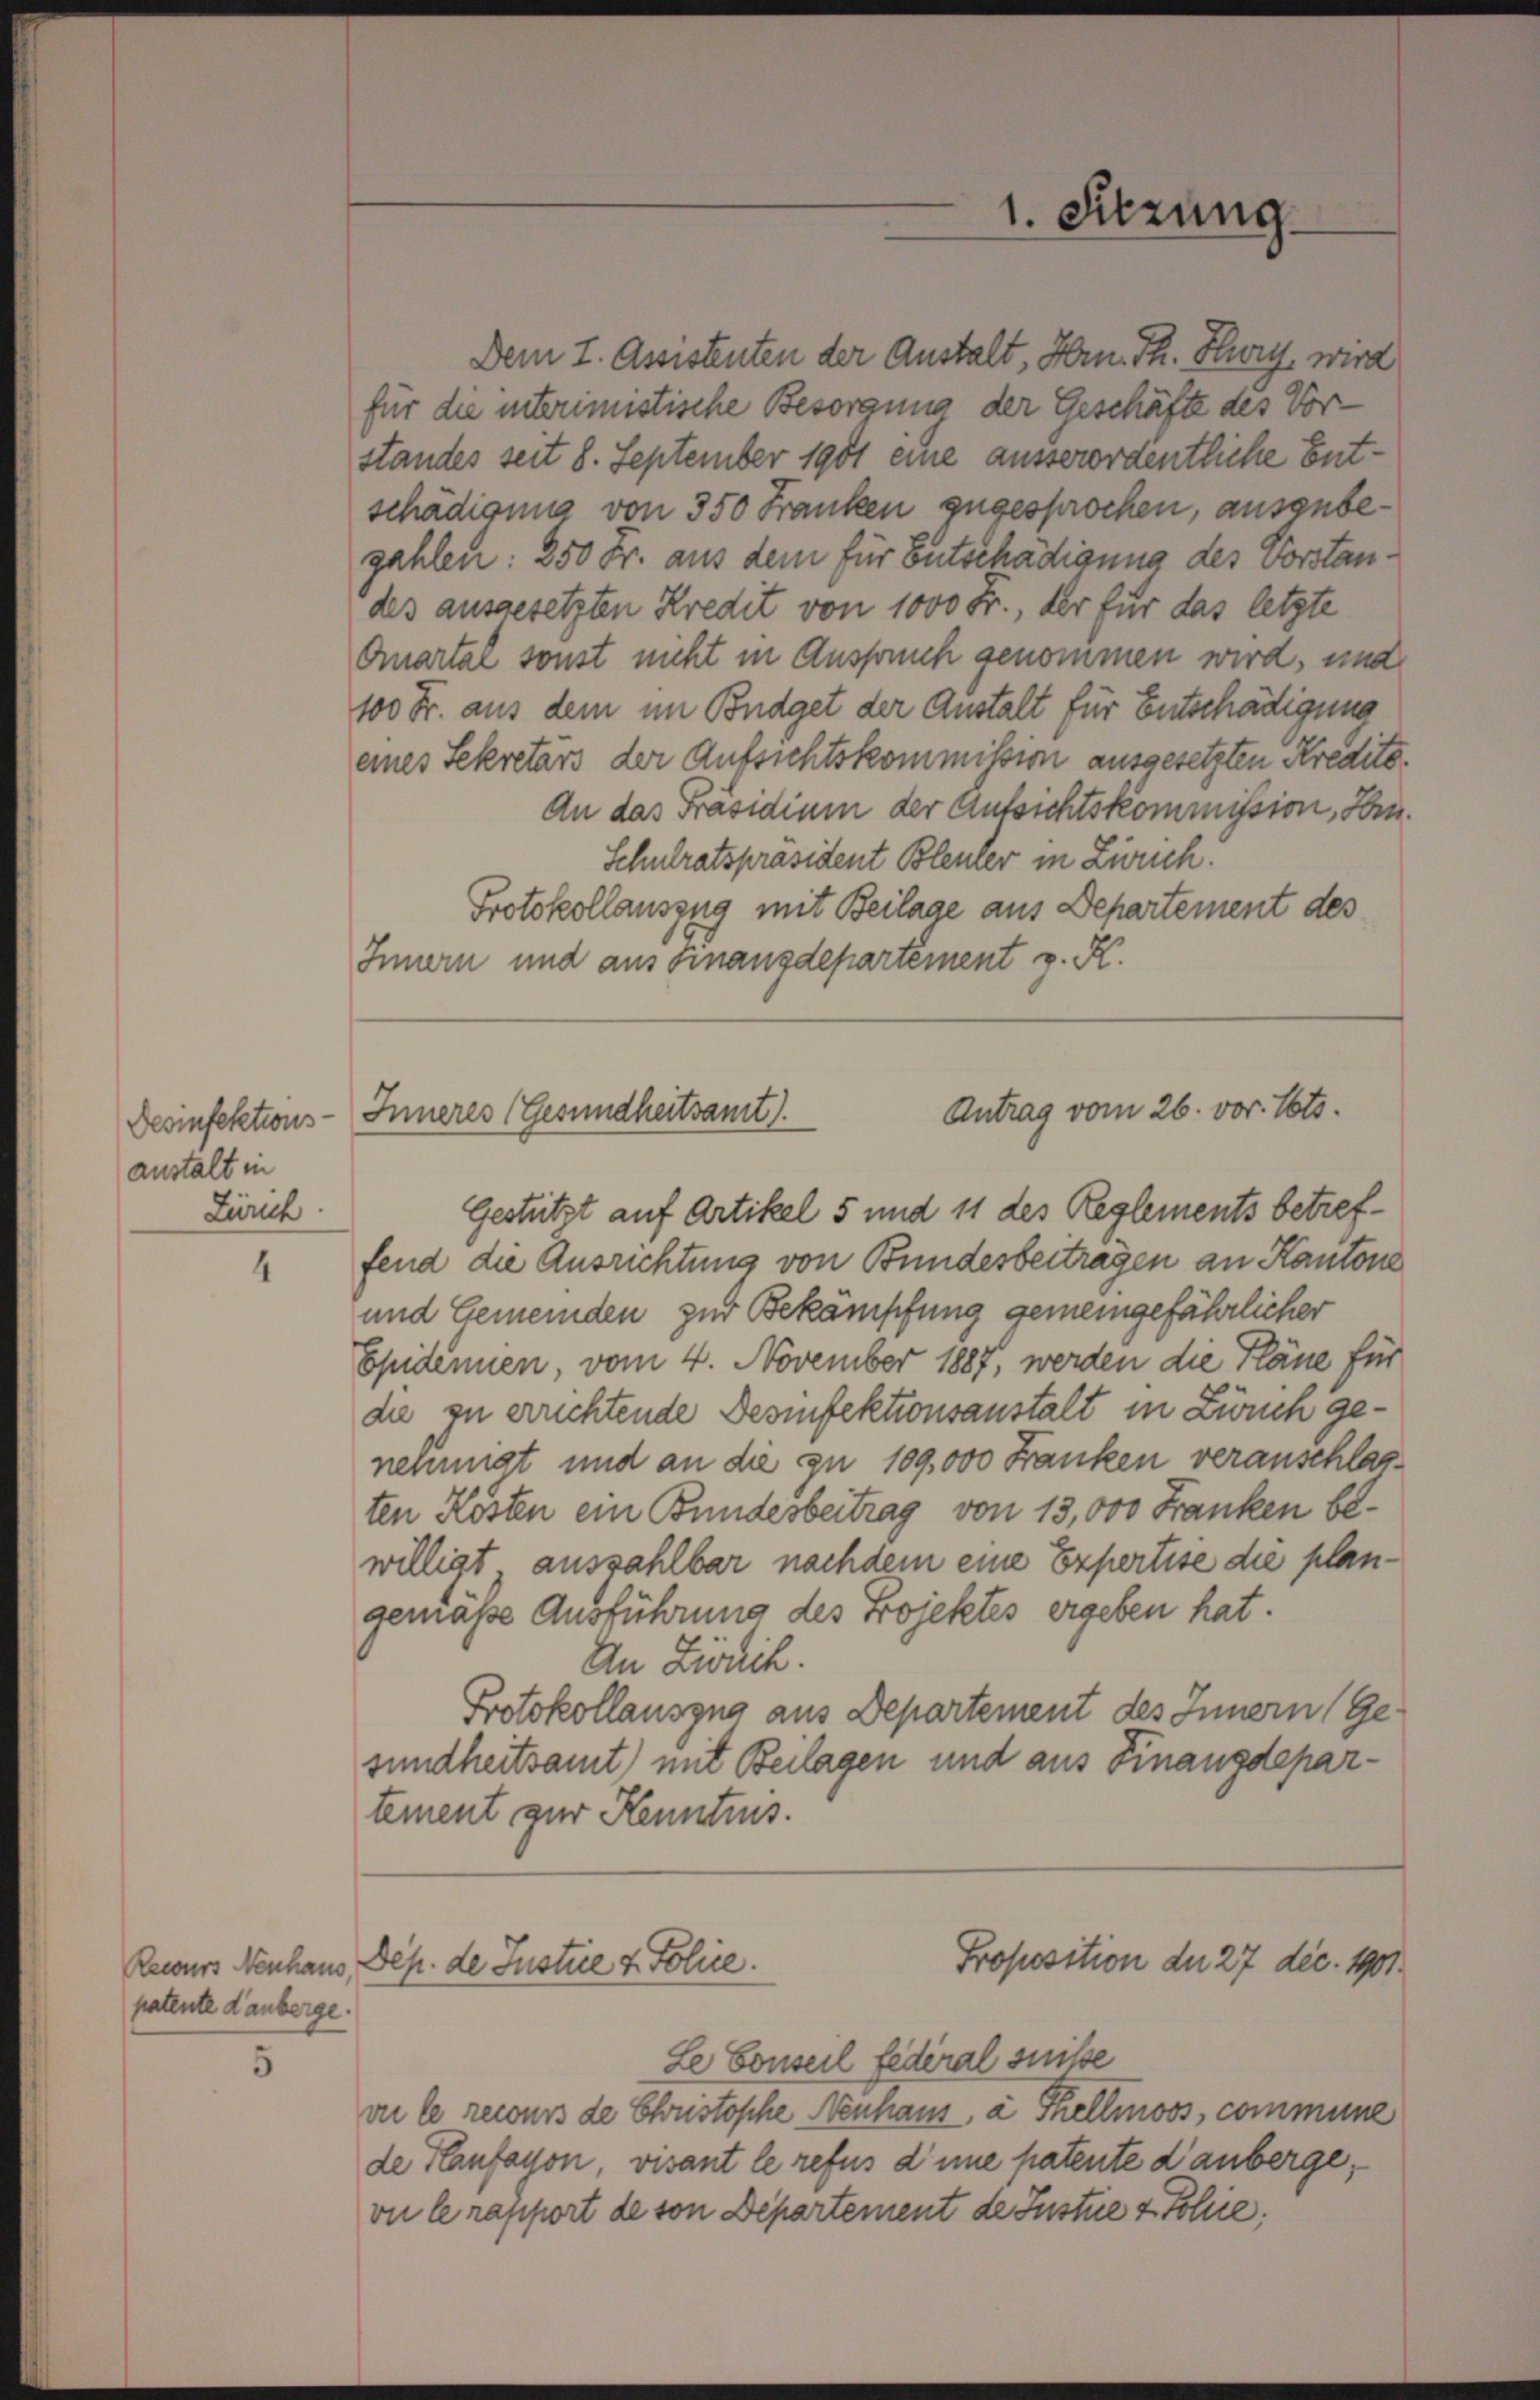
Desinfektions-
anstalt in
Zürich

4

Recurs Neuhaus
patente danberge.

5

Dem I. Assistenten der Anstalt, Hrn. Th. Hury, wird
für die interimistische Besorgung der Geschäfte des Vorstandes seit 8. September 1901 eine ausserordentliche Entschädigung von 350 Franken angesprochen, ausenbegahlen: 250 Fr. aus dem für Entschädigung des Vorstandes ausgesetzten Kredit von 1000 Fr., der für das letzte
Quartal sonst nicht in Anspruch genommen wird, und
100 Fr. aus dem im Budget der Anstalt für Entschädigung
eines Sekretärs der Aufsichtskommission ausgesetzten Kredito.
An das Präsidium der Aufsichtskommission, Hrn.
Schulratspräsident Bleuler in Ziruch.
Protokollauszug mit Beilage aus Departement des
Innern und aus Finanzdepartement v. K.

Gestützt auf Artikel 5 und 11 des Reglements betreffend die Ausrichtung von Bundesbeitragen an Kantone
und Gemeinden zur Bekämpfung gemeingefährlicher
Epidennen, vom 4. November 1887, werden die Pläne für
die zu errichtende Desinfektionsanstalt in Zwuch genehmigt und an die zu 109,000 Franken veranschlasten Kosten ein Bundesbeitrag von 13,000 Franken bewilligt, auszahlbar nachdem eine Expertise die plangemäße Ausführung des Projektes ergeben hat.
An Zibuch.
Protokollausgna aus Departement des Innern (Ge-
sundheitsamt) mit Beilagen und aus Finanzdepartement zur Kenntnis.
Proposition der 27 dec. 1901.
Sep. de Instie & Police.
Le Conseil fédéral suise
vie le recours de Custosche Neuhaus, à Thellmoos, commune
de Kaufayon, vivant le refus d’une patente d’anberge,
vie le rapport de von Departement de Justue & Fohre;

1. Sitzung

Antrag vom 26. vor. Voto.
Inneres (Gesundheitsamt